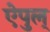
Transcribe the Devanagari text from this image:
ऐपुल्‌